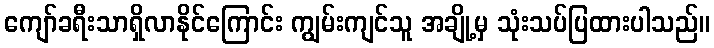
ကျော်ခရီးသာရှိလာနိုင်ကြောင်း ကျွမ်းကျင်သူ အချို့မှ သုံးသပ်ပြထားပါသည်။